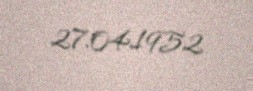
27.04.1952